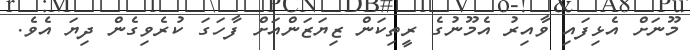
މޫނަށް އެޅިފައި ވާއިރު އެމޫނުގެ ރީތިކަން ޒިޔަޒަންއަށް ފާހަގަ ކުރެވިގެން ދިޔަ އެވެ.